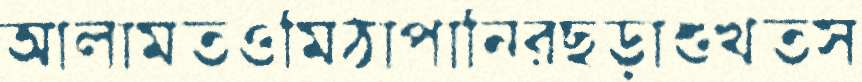
আলামতওমিঠাপানিরছড়াশুখতস